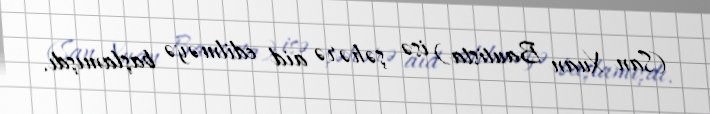
(San Xuan Bautista) isə şəhərə aid edilməyə başlamışdı.